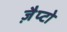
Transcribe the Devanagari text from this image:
ज़ैप्टो